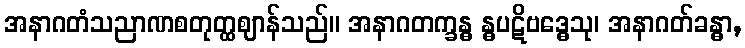
အနာဂတံသညာဏစတုတ္ထဈာန်သည်။ အနာဂတက္ခန္ဓ န္ဓပဋိဗဒ္ဓေသု၊ အနာဂတ်ခန္ဓာ,